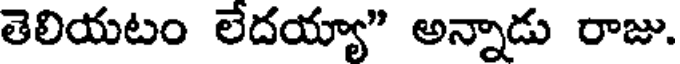
తెలియటం లేదయ్యా" అన్నాడు రాజు.